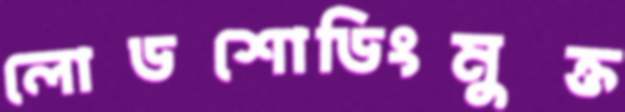
লোডশোডিংমুক্ত